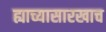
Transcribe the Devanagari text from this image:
ह्याच्यासारखाच